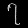
Digit: ၇